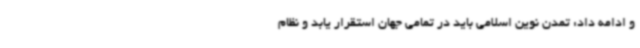
و ادامه داد: تمدن نوین اسلامی باید در تمامی جهان استقرار یابد و نظام